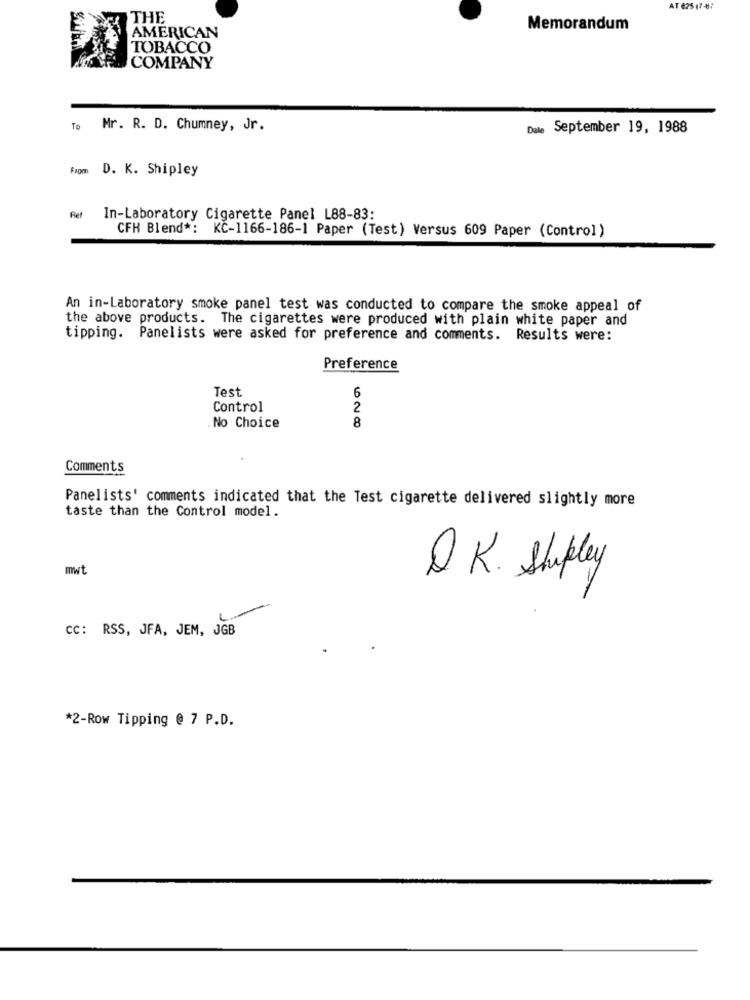
AT 625 47-8:
THE
Memorandum
AMERICAN
TOBACCO
COMPANY
TO
Mr. R. D. Chumney, Jr.
Date September 19, 1988
D. K. Shipley
Ret
In-Laboratory Cigarette Panel L88-83:
CFH Blend *: KC-1166-186-1 Paper (Test) Versus 609 Paper (Control)
An in-Laboratory smoke panel test was conducted to compare the smoke appeal of
the above products. The cigarettes were produced with plain white paper and
tipping. Panelists were asked for preference and comments. Results were:
Preference
Test
6
Control
2
8
No Choice
Comments
Panelists' comments indicated that the Test cigarette delivered slightly more
taste than the Control model.
mwt
Q K. Shipley
CC: RSS, JFA, JEM, JGB
*2-Row Tipping @ 7 P.D.